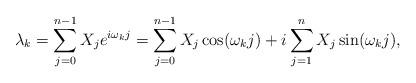
LaTeX: \begin{align*}\lambda_k=\sum_{j=0}^{n-1}X_je^{i\omega_kj}=\sum_{j=0}^{n-1}X_j\cos(\omega_k j)+i\sum_{j=1}^{n}X_j\sin(\omega_k j),\end{align*}